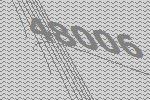
48006